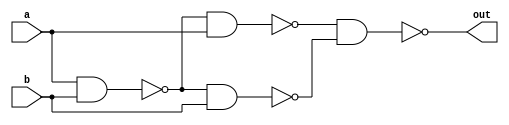
module Custom_XOR(out, a, b);
	input a, b;
	output out;
	
	wire w0, w1, w2, w3, w4, w5, w6;
	
	and	and0	(w0, a, b);
	and	and1	(w2, w1, a);
	and	and2	(w3, w1, b);
	and	and3	(w6, w4, w5);
	
	not	not0	(w1, w0);
	not	not1	(w4, w2);
	not	not2	(w5, w3);
	not	not3	(out, w6);


endmodule